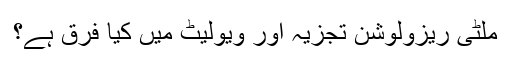
ملٹی ریزولوشن تجزیہ اور ویولیٹ میں کیا فرق ہے؟